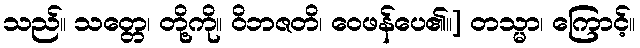
သည်။ သတ္တေ၊ တို့ကို။ ဝိဘဇတိ၊ ဝေဖန်ပေ၏။] တသ္မာ၊ ကြောင့်။